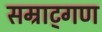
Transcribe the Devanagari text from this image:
सम्राट्गण